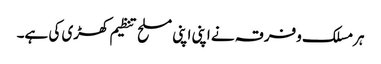
ہرمسلک وفرقہ نے اپنی اپنی مسلح تنظیم کھڑی کی ہے۔